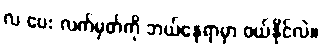
လ ပေး လက်မှတ်ကို ဘယ်နေရာမှာ ဝယ်နိုင်လဲ။